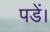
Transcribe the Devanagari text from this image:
पडें।